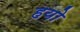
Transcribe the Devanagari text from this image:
हयो